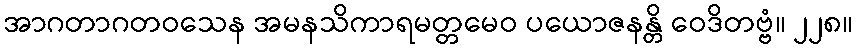
အာဂတာဂတဝသေန အမနသိကာရမတ္တမေဝ ပယောဇနန္တိ ဝေဒိတဗ္ဗံ။ ၂၂၈။